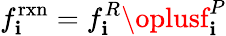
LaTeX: f_{\mathbf{i}}^{\mathrm{{rxn}}}=f_{\mathbf{i}}^{R}\oplusf_{\mathbf{i}}^{P}